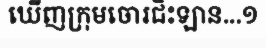
ឃើញក្រុមចោរជិះឡាន...១